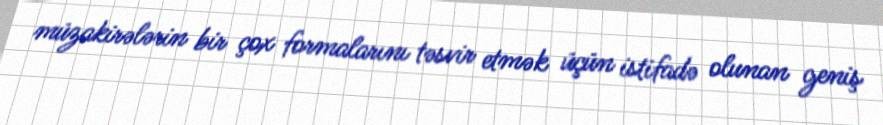
müzakirələrin bir çox formalarını təsvir etmək üçün istifadə olunan geniş